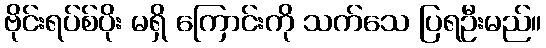
ဗိုင်းရပ်စ်ပိုး မရှိ ကြောင်းကို သက်သေ ပြရဦးမည်။